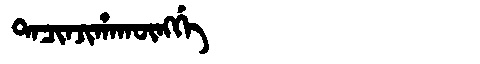
Manchu: ᡨᠠᠴᡳᠨᠵᡳᡥᠠᡴᡡᠩᡤᡝ
Romanization: TACINJIHAKŪNGGE